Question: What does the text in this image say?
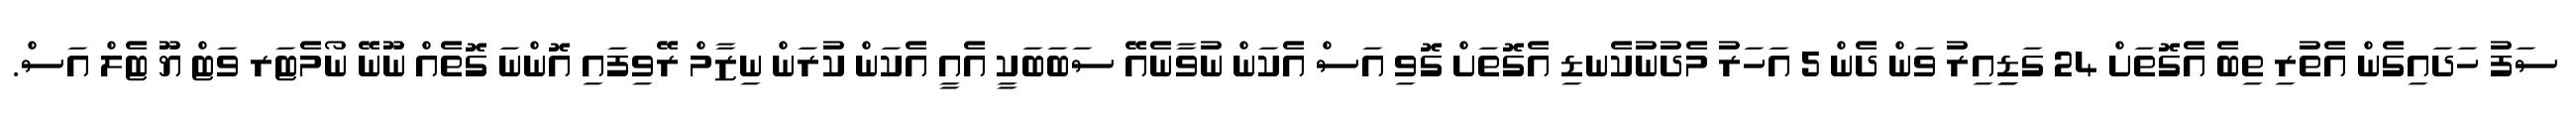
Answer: ސަފު ހަދައިގެން އެތުރި ތިބެ އެގޮތަށް 24 ގަޑިިއިރު ވަން ދެން 5 އަހަރު މެދުނުކެނޑި އެގޮތަށް ގޮވި އަސް އެކަން ނުވާނެއޭ ސަބަބަކީ އެއީ އެކަން ކުރަން ނިޒާމް ރޭވިފައި އޮންނަ ގޮތެއް ނޫނޭ ނޯމެޓަރ ވަޓް ޔޫ ޓެލް އަސް.